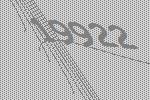
19922